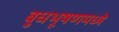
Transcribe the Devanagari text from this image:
बुधभूषणमध्ये